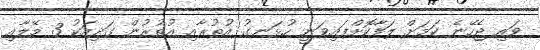
ވައި ޖެހޭނެ ކަމަށް ލަފާކޮށްފައިވަނީ ހުޅަނގު އުތުރާއި އުތުރުން ގަދިއަކު 3 މޭލާއި